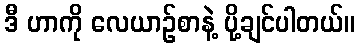
ဒီ ဟာကို လေယာဉ်စာနဲ့ ပို့ချင်ပါတယ်။